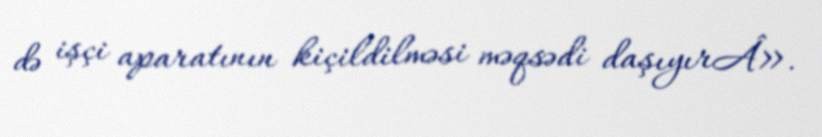
də işçi aparatının kiçildilməsi məqsədi daşıyırÂ».